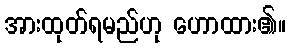
အားထုတ်ရမည်ဟု ဟောထား၏။